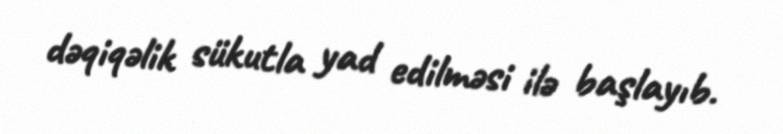
dəqiqəlik sükutla yad edilməsi ilə başlayıb.